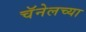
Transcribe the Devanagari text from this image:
चॅनेलच्या